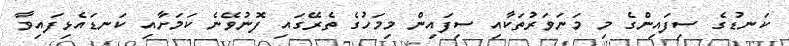
ކަނޑުގެ ސިފައިންގެ މި މަނަވަރުތަކާއި ސިފައިން މިމަހުގެ ތެރޭގައި ފޮނުވޭނެ ކަމަށާއި ކަނޑައެޅިފައިވާ